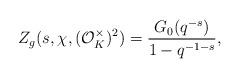
LaTeX: \begin{align*}Z_g(s, \chi, (\mathcal{O}_K^{\times})^2)=\dfrac{G_0(q^{-s})}{1-q^{-1-s}},\end{align*}